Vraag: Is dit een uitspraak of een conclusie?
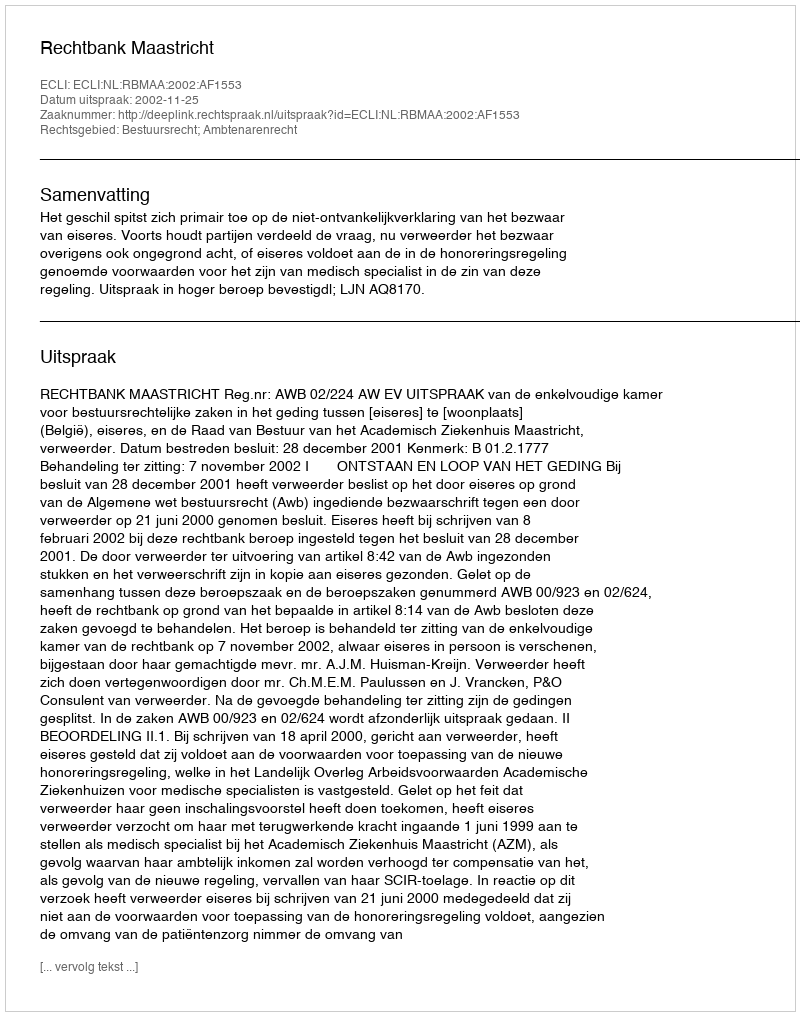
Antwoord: Uitspraak